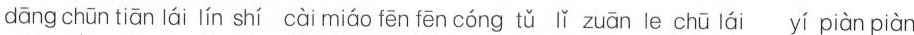
dāng chūn tiān lái lín shí cài miáo fēn fēn cóng tǔ lǐ zuān le chü lái yí piàn piàn